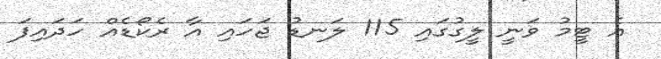
އެ ޓީމު ވަނީ ލީގުގައި 115 ލަނޑު ޖަހައި އާ ރެކޯޑެއް ހަދައިފަ